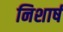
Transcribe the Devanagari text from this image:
निशार्ष